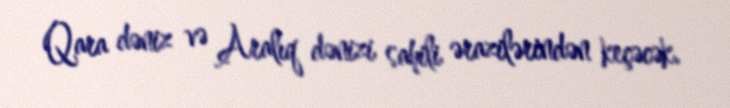
Qara dəniz və Aralıq dənizi sahili ərazilərindən keçəcək.